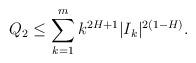
LaTeX: \begin{align*}Q_{2}\leq\sum_{k=1}^{m}k^{2H+1}|I_{k}|^{2(1-H)}.\end{align*}